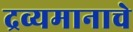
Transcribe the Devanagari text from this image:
द्रव्यमानाचे